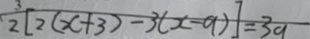
2 [ 2 ( x + 3 ) - 3 ( x - 9 ) ] = 3 9